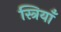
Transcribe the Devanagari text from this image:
स्त्रियाँं